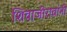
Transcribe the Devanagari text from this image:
शिवाजीरावांनी